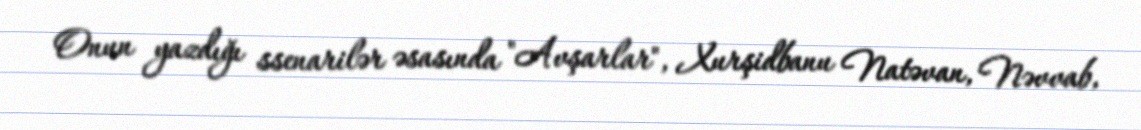
Onun yazdığı ssenarilər əsasında "Avşarlar", Xurşidbanu Natəvan, Nəvvab,